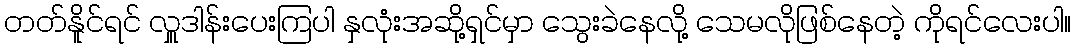
တတ်နိူင်ရင် လှူဒါန်းပေးကြပါ နှလုံးအဆို့ရှင်မှာ သွေးခဲနေလို့ သေမလိုဖြစ်နေတဲ့ ကိုရင်လေးပါ။